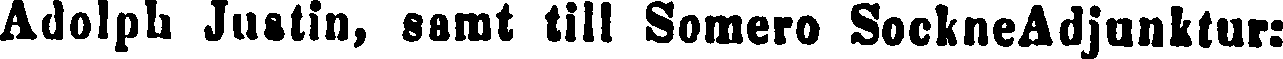
Adolph Juatin, samt till Somero SockneAdjunktur: